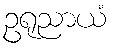
ဥရုညာယံ